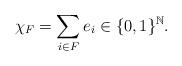
LaTeX: \begin{align*} \chi_F=\sum_{i \in F} e_i \in \{0,1\}^{\mathbb{N}}. \end{align*}